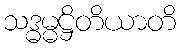
သဒ္ဓမ္မဋ္ဌိတိယာတိ